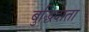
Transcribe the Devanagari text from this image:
बुद्धिदाता